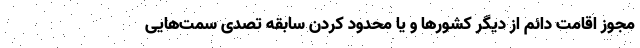
مجوز اقامت دائم از دیگر کشورها و یا محدود کردن سابقه تصدی سمت‌هایی